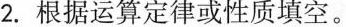
2.根据运算定律或性质填空。